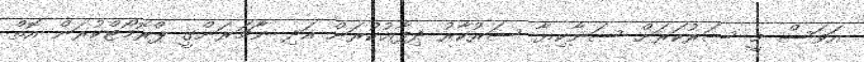
އަވަސް މީ ސަރުކަަރަށް ސަނާކިޔާ ސަރުކާރު ދިފާޢުކުރަން އަދި ނާޗަރަންގީ ޕްރޮމޯޓްކުރަން އޮތް